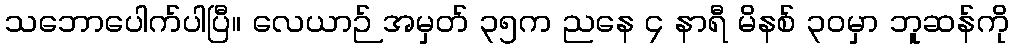
သဘောပေါက်ပါပြီ။ လေယာဉ် အမှတ် ၃၅က ညနေ ၄ နာရီ မိနစ် ၃၀မှာ ဘူဆန်ကို